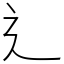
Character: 辶